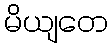
မိယျတေ